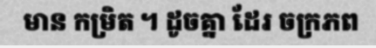
មាន កម្រិត ។ ដូចគ្នា ដែរ ចក្រភព